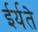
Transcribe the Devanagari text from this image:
ईर्यते